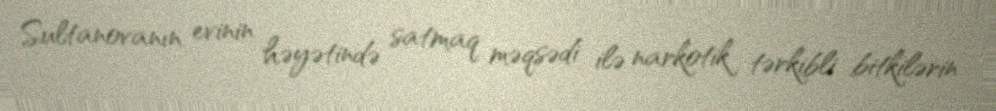
Sultanovanın evinin həyətində satmaq məqsədi ilə narkotik tərkibli bitkilərin